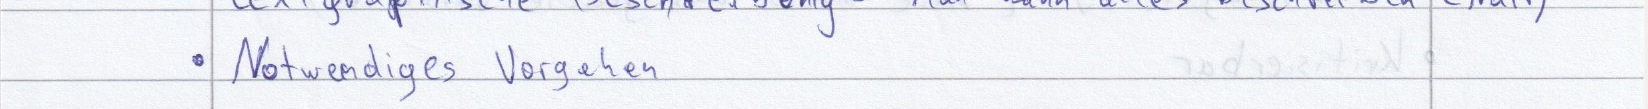
Notwendiges Vorgehen